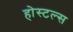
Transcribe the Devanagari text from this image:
होस्टल्स